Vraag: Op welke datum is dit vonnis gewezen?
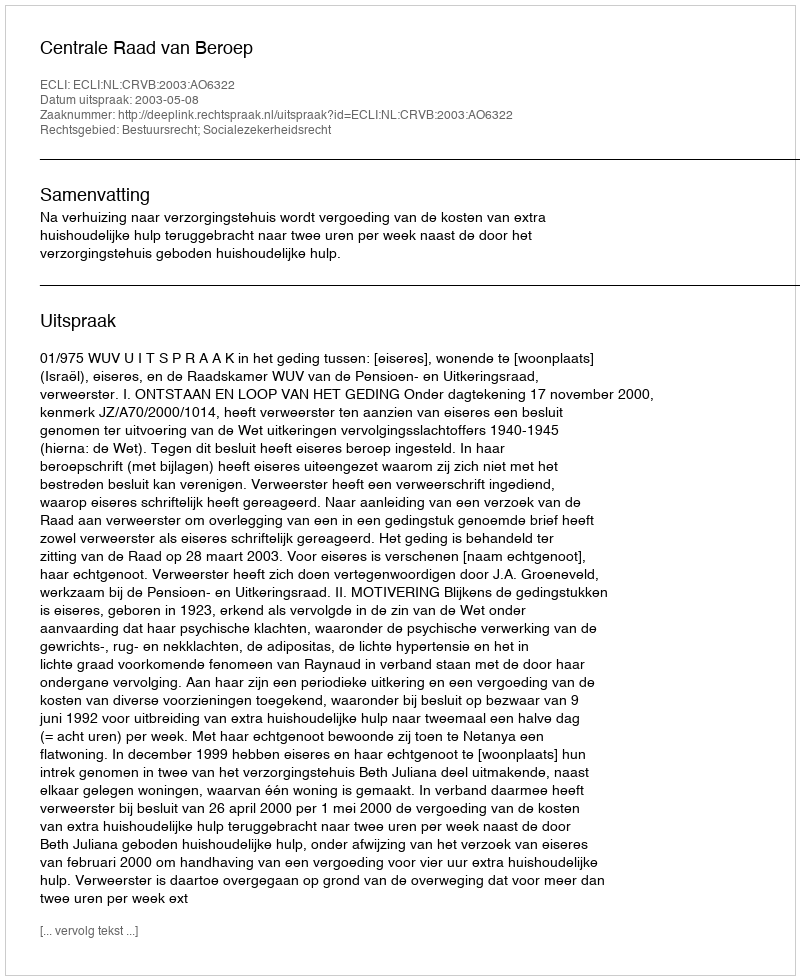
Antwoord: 2003-05-08